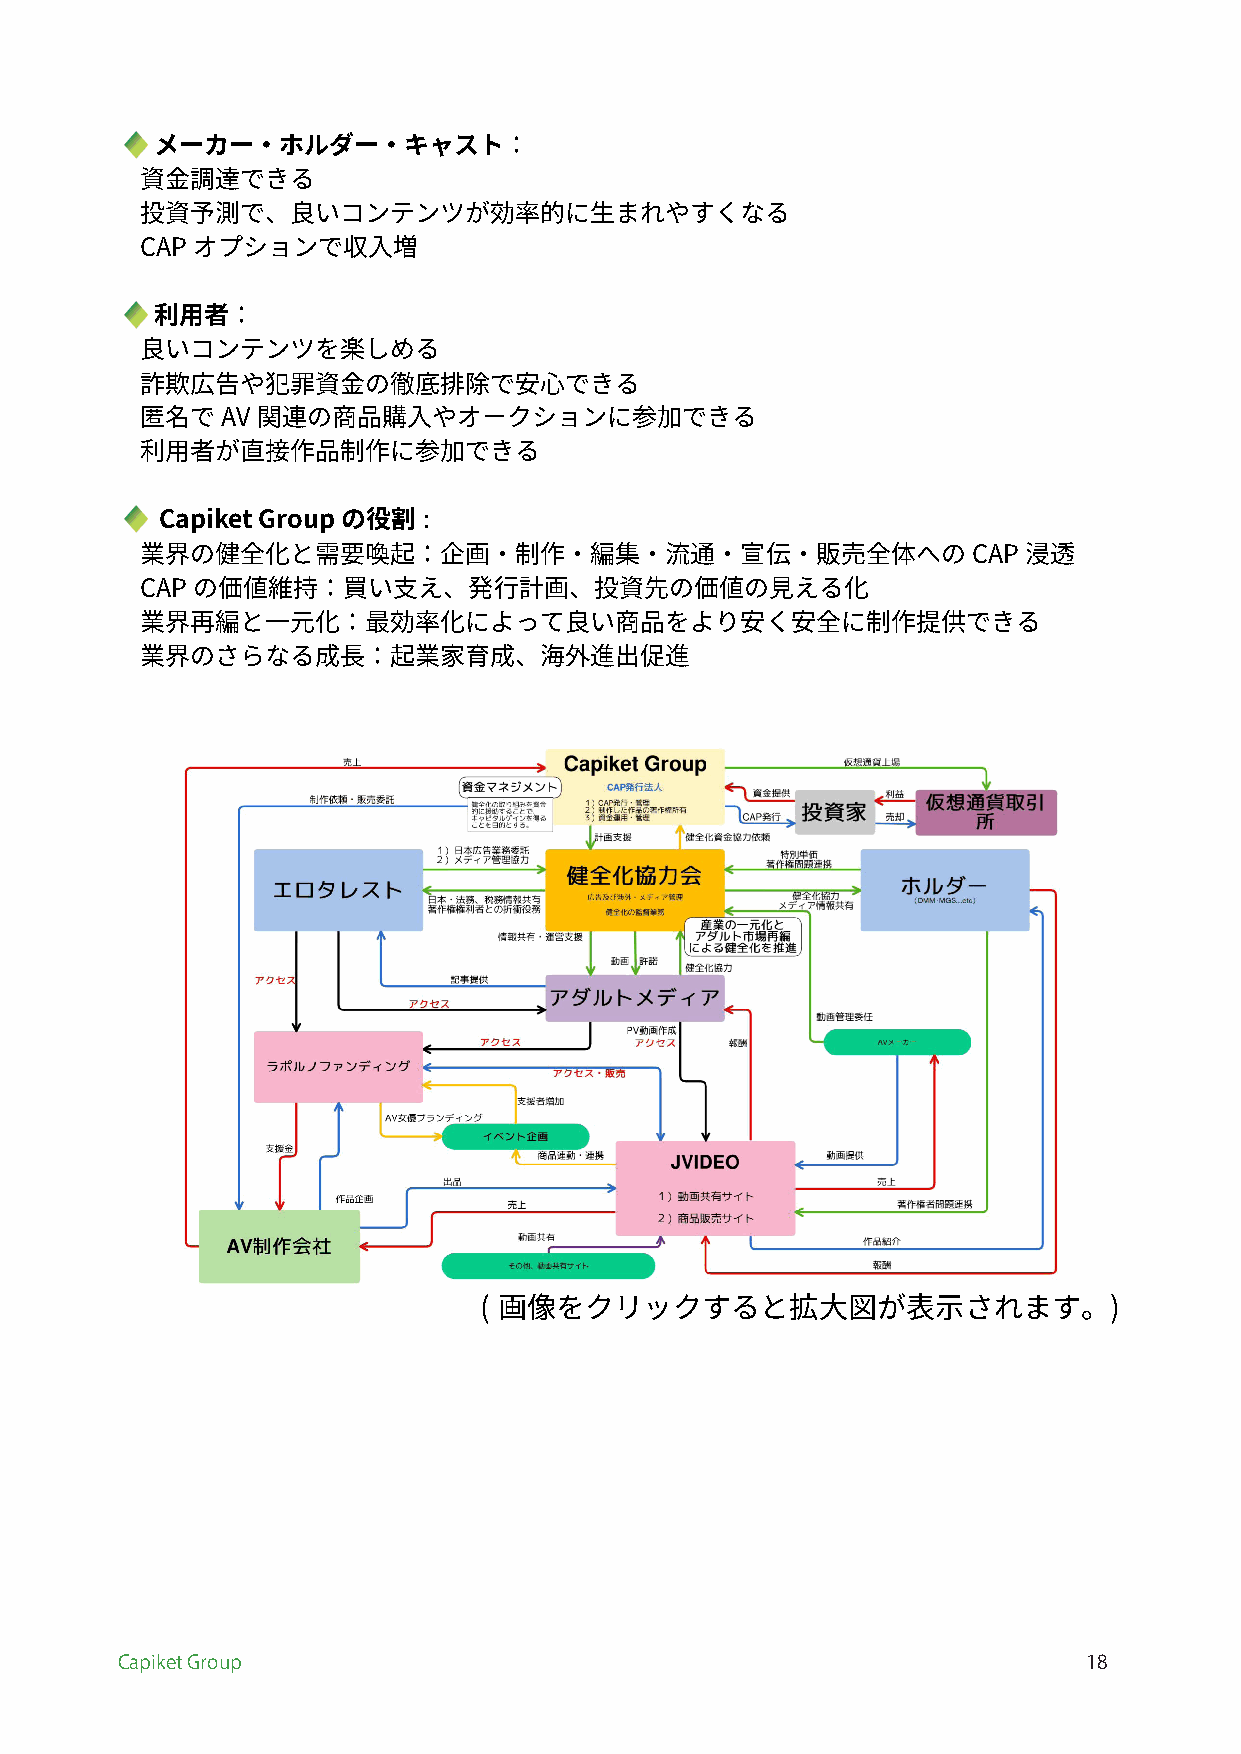
メーカー・ホルダー・キャスト：
 資金調達できる
 投資予測で、良いコンテンツが効率的に生まれやすくなる
 CAPオプションで収入増
 利用者：
 良いコンテンツを楽しめる
 詐欺広告や犯罪資金の徹底排除で安心できる
 匿名でAV関連の商品購入やオークションに参加できる
 利用者が直接作品制作に参加できる
 Capiket Group の役割:
 業界の健全化と需要喚起：企画・制作・編集・流通・宣伝・販売全体へのCAP浸透
 CAPの価値維持：買い支え、発行計画、投資先の価値の見える化
 業界再編と一元化：最効率化によって良い商品をより安く安全に制作提供できる
 業界のさらなる成長：起業家育成、海外進出促進
 ( 画像をクリックすると拡大図が表示されます。)
 Capiket Group                                                   18